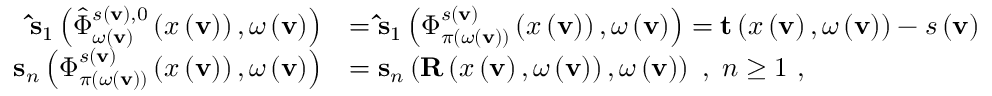
\begin{array} { r l } { \mathbf { \hat { s } } _ { 1 } \left( \hat { \Phi } _ { \omega \left( \mathbf { v } \right) } ^ { s \left( \mathbf { v } \right) , 0 } \left( x \left( \mathbf { v } \right) \right) , \omega \left( \mathbf { v } \right) \right) } & { = \mathbf { \hat { s } } _ { 1 } \left( \Phi _ { \pi \left( \omega \left( \mathbf { v } \right) \right) } ^ { s \left( \mathbf { v } \right) } \left( x \left( \mathbf { v } \right) \right) , \omega \left( \mathbf { v } \right) \right) = \mathbf { t } \left( x \left( \mathbf { v } \right) , \omega \left( \mathbf { v } \right) \right) - s \left( \mathbf { v } \right) } \\ { \mathbf { s } _ { n } \left( \Phi _ { \pi \left( \omega \left( \mathbf { v } \right) \right) } ^ { s \left( \mathbf { v } \right) } \left( x \left( \mathbf { v } \right) \right) , \omega \left( \mathbf { v } \right) \right) } & { = \mathbf { s } _ { n } \left( \mathbf { R } \left( x \left( \mathbf { v } \right) , \omega \left( \mathbf { v } \right) \right) , \omega \left( \mathbf { v } \right) \right) \ , \; n \geq 1 \ , } \end{array}